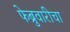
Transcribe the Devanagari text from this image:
फेब्रुवारीचा